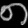
Digit: ၈